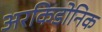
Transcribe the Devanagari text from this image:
अरकिडोनिक